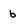
Character: b